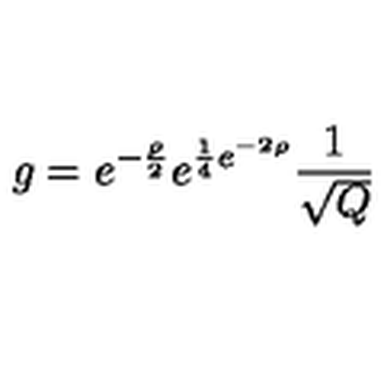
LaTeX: g = e ^ { - \frac { \rho } { 2 } } e ^ { \frac { 1 } { 4 } e ^ { - 2 \rho } } \frac { 1 } { \sqrt { Q } }